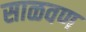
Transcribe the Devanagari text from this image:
साळवण